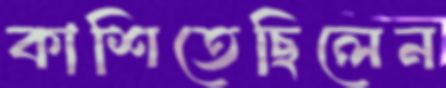
কাশিতেছিলেন